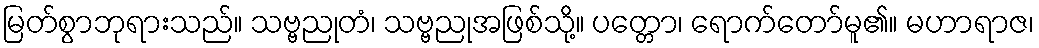
မြတ်စွာဘုရားသည်။ သဗ္ဗညုတံ၊ သဗ္ဗညုအဖြစ်သို့။ ပတ္တော၊ ရောက်တော်မူ၏။ မဟာရာဇ၊